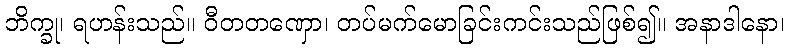
ဘိက္ခု၊ ရဟန်းသည်။ ဝီတတဏှော၊ တပ်မက်မောခြင်းကင်းသည်ဖြစ်၍။ အနာဒါနော၊